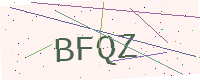
Text: BFQZ